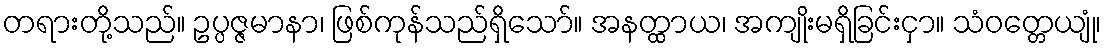
တရားတို့သည်။ ဥပ္ပဇ္ဇမာနာ၊ ဖြစ်ကုန်သည်ရှိသော်။ အနတ္ထာယ၊ အကျိုးမရှိခြင်းငှာ။ သံဝတ္တေယျုံ၊